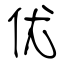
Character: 优